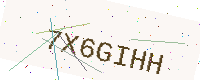
Text: 7X6GIHH